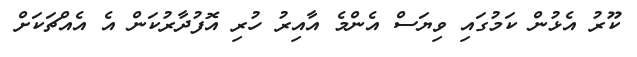
ކޫރު އެޅުން ކަމުގައި ވިޔަސް އެންމެ އާއިރު ހުރި އޮފުދާރުކަން އެ އެއްޗަކަށް